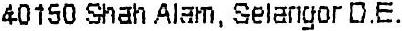
40150 SHAH ALAM, SELANGOR D.E.